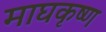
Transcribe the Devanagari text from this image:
माघकृष्ण